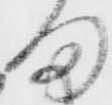
ま